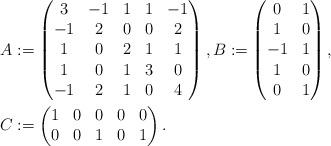
LaTeX: \begin{align*}A &:= \begin{pmatrix}3 & -1 & 1 & 1 & -1 \\-1 & 2 & 0 & 0 & 2 \\1 & 0 & 2 & 1 & 1 \\1 & 0 & 1 & 3 & 0 \\-1 & 2 & 1 & 0 & 4\end{pmatrix},B := \begin{pmatrix}0 & 1 \\1 & 0 \\-1 & 1 \\1 & 0 \\0 & 1\end{pmatrix},\\C &:= \begin{pmatrix}1 & 0 & 0 & 0 & 0 \\0 & 0 & 1 & 0 & 1\end{pmatrix}.\end{align*}